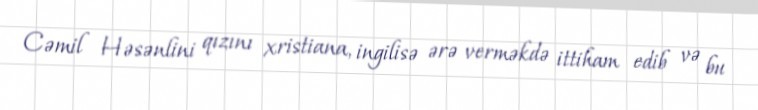
Cəmil Həsənlini qızını xristiana, ingilisə ərə verməkdə ittiham edib və bu